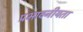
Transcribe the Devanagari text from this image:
प्रभावनीयता